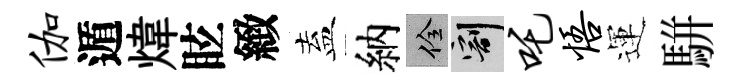
伽遁煒眩緻盍納佺割吒悟運駢